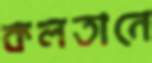
কলতানে